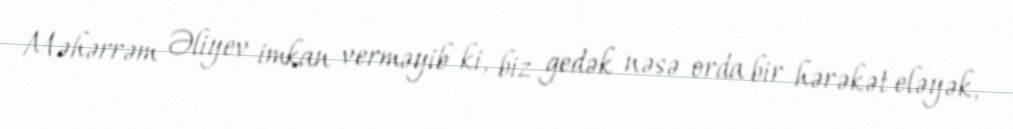
Məhərrəm Əliyev imkan verməyib ki, biz gedək nəsə orda bir hərəkət eləyək,